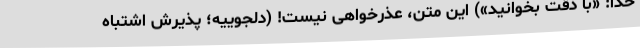
خدا: «با دقّت بخوانید») این متن، عذرخواهی نیست! (دلجوییه؛ پذیرش اشتباه